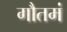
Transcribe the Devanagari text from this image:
गौतमं